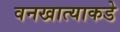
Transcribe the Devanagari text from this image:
वनखात्याकडे